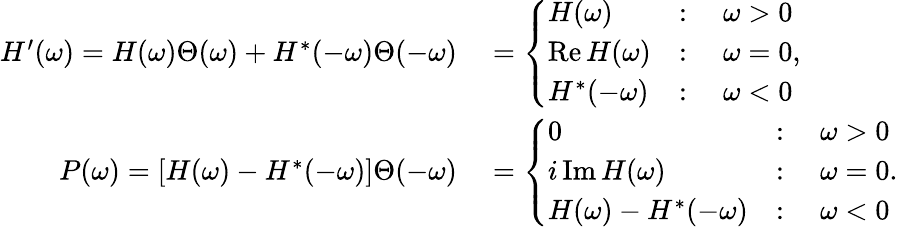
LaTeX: \begin{array}{rl}{H^{\prime}(\omega)=H(\omega)\Theta(\omega)+H^{*}(-\omega)\Theta(-\omega)}&{{}=\left\{ \begin{array}{ll}{H(\omega)}&{:\quad\omega>0}\\ {\operatorname{Re}H(\omega)}&{:\quad\omega=0}\\ {H^{*}(-\omega)}&{:\quad\omega<0}\end{array}\right.,}\\ {P(\omega)=[H(\omega)-H^{*}(-\omega)]\Theta(-\omega)}&{{}=\left\{ \begin{array}{ll}{0}&{:\quad\omega>0}\\ {i\operatorname{Im}H(\omega)}&{:\quad\omega=0}\\ {H(\omega)-H^{*}(-\omega)}&{:\quad\omega<0}\end{array}\right..}\end{array}